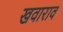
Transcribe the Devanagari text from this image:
खवाराव